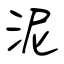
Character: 泥